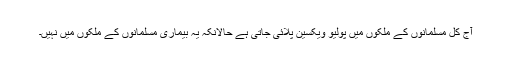
آج کل مسلمانوں کے ملکوں میں پولیو ویکسین پلائی جاتی ہے حالانکہ یہ بیماری مسلمانوں کے ملکوں میں نہيں۔